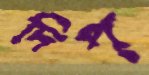
দিপ্